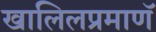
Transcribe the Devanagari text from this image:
खालिलप्रमाणॅ